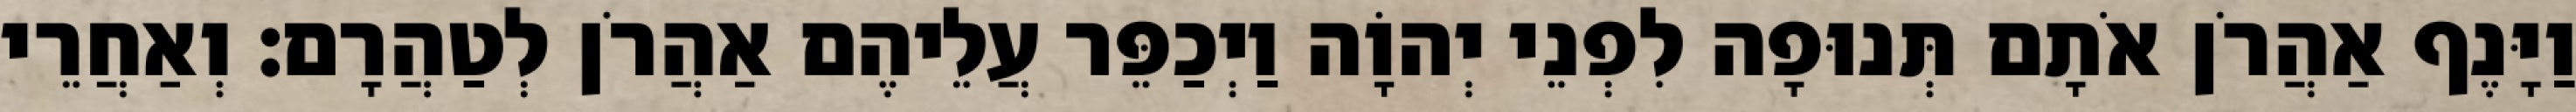
וַיָּנֶף אַהֲרֹן אֹתָם תְּנוּפָה לִפְנֵי יְהוָֹה וַיְכַפֵּר עֲלֵיהֶם אַהֲרֹן לְטַהֲרָם׃ וְאַחֲרֵי